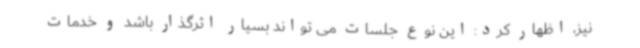
نیز، اظهار کرد: این نوع جلسات می تواند بسیار اثرگذار باشد و خدمات